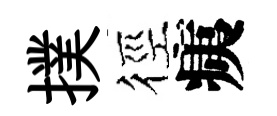
撲徑痍